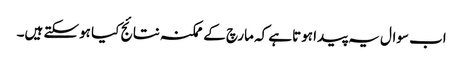
اب سوال یہ پیدا ہوتاہے کہ مارچ کے ممکنہ نتائج کیا ہوسکتے ہیں۔